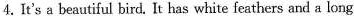
4.It's a beautiful bird. It has white feathers and a long